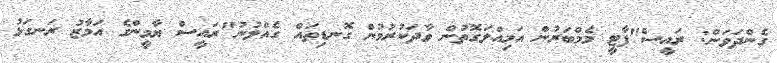
ގެންދަވަން: ރައީސް"ޕާޓީ މެމްބަރުން އަމިއްލަގޮތުން ވާދަކުރުމުން ގޮނޑިތަައް ގެއްލުނު"ރައީސް ޔާމީންގެ އަމާޒު ރަނގަޅު